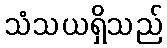
သံသယရှိသည်